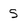
Character: S